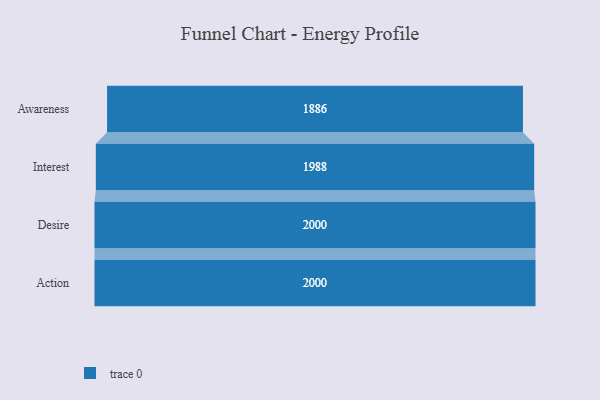
{"axis": {"x": "Stage", "y": "Value"}, "legend": [""], "data": [{"x": "Awareness", "y": 1886.0, "type": ""}, {"x": "Interest", "y": 1988.0, "type": ""}, {"x": "Desire", "y": 2000, "type": ""}, {"x": "Action", "y": 2000, "type": ""}]}